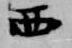
西